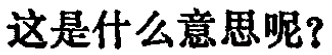
这是什么意思呢？